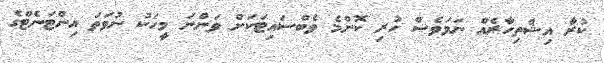
ކުރާ އިޝްތިހާރެއް ނަމަވެސް ހުރި ކޮންމެ ވެބްސައިޓަކަށް ވަންނަ މީހަކު ނުވަތަ އިންޓަނެޓްގެ